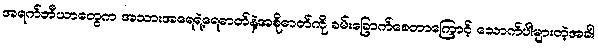
အရက်ဘီယာတွေက အသားအရေရဲ့ရေဓာတ်နဲ့အစိုဓာတ်ကို ခမ်းခြောက်စေတာကြောင့် သောက်ပါများတဲ့အခါ